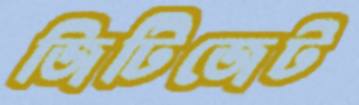
জিটিজেট